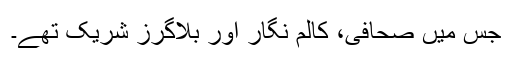
جس میں صحافی، کالم نگار اور بلاگرز شریک تھے۔